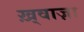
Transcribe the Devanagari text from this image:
ख़्वाज़ा